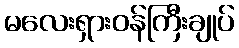
မလေးရှားဝန်ကြီးချုပ်